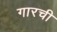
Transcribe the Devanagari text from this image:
गारची